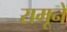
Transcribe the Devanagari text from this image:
रामूने